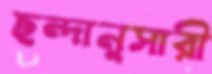
ছন্দানুসারী